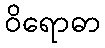
ဝိရောဓာ